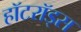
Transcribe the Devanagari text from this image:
हॉटरॉड्स